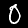
Digit: 0